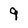
Character: 9